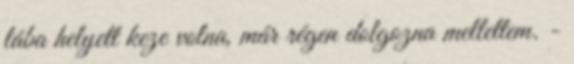
lába helyett keze volna, már régen dolgozna mellettem. -